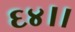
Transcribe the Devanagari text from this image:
६४।।